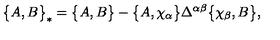
\bigl \{ A , B \bigr \} _ { * } = \bigl \{ A , B \bigr \} - \bigl \{ A , \chi _ { \alpha } \bigr \} \Delta ^ { \alpha \beta } \bigl \{ \chi _ { \beta } , B \bigr \} ,